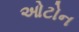
ઓટોન